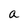
Character: a